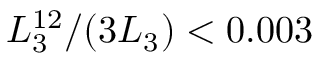
L _ { 3 } ^ { 1 2 } / ( 3 L _ { 3 } ) < 0 . 0 0 3